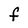
Character: F